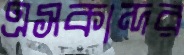
এসকান্দর